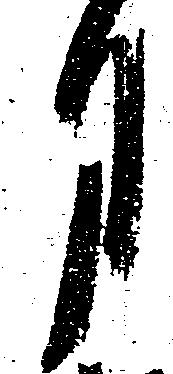
月